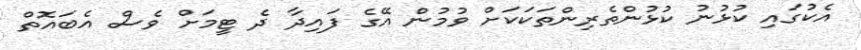
އެކުގައި ކުޅުނު ކުޅުންތެރިންތަކަކަށް ވުމުން އޭގެ ފައިދާ ދެ ޓީމަށް ވެސް އެބައޮތް